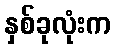
နှစ်ခုလုံးက